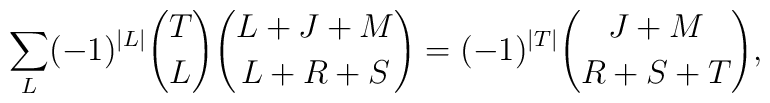
\sum_L(-1)^{\vert L \vert}{T \choose L}{{L+J+M} \choose{L+R+S}}=(-1)^{\vert T \vert}{{J+M}\choose {R+S+T}},